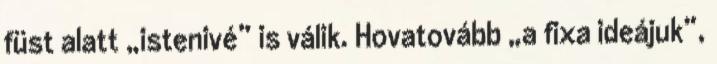
füst alatt „istenivé” is válik. Hovatovább „a fixa ideájuk”,